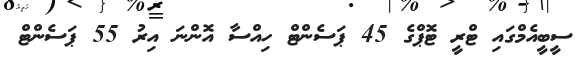
ސީބީއެމްގައި ޓްރީ ޓޮޕްގެ 45 ޕަސެންޓް ހިއްސާ އޮންނަ އިރު 55 ޕަސެންޓް